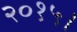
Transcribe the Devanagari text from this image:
२०१५।